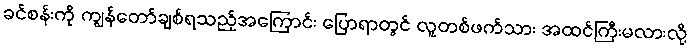
ခင်စန်းကို ကျွန်တော်ချစ်ရသည့်အကြောင်း ပြောရာတွင် လူတစ်ဖက်သား အထင်ကြီးမလားလို့